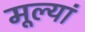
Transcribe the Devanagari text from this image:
मूल्यां